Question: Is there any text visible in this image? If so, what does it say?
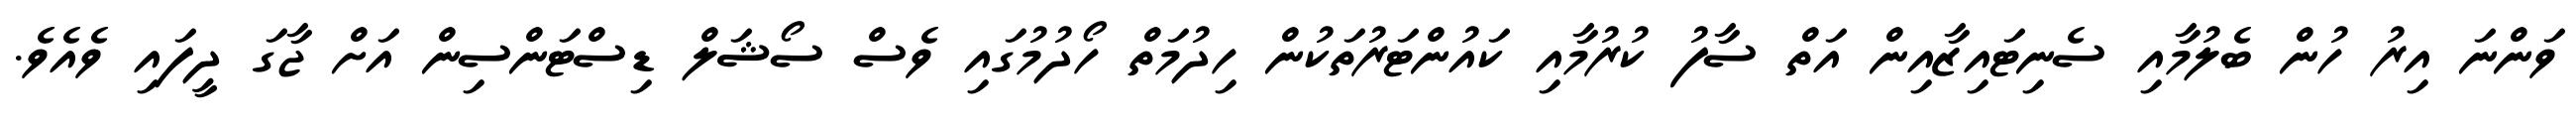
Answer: ވަންނަ އިރު ހުން ބެލުމާއި ސެނިޓައިޒާއިން އަތް ސާފު ކުރުމާއި ކައުންޓަރުތަކުން ހިދުމަތް ހޯދުމުގައި ވެސް ސޯޝަލް ޑިސްޓަންސިން އަށް ޖާގަ ދީފައި ވެއެވެ.